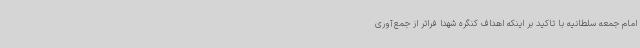
امام جمعه سلطانیه با تاکید بر اینکه اهداف کنگره شهدا فراتر از جمع‌آوری